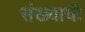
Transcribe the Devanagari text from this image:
संख्याची